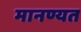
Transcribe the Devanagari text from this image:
मानण्यत